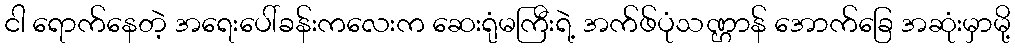
ငါ ရောက်နေတဲ့ အရေးပေါ်ခန်းကလေးက ဆေးရုံမကြီးရဲ့ အက်ဖ်ပုံသဏ္ဌာန် အောက်ခြေ အဆုံးမှာမို့